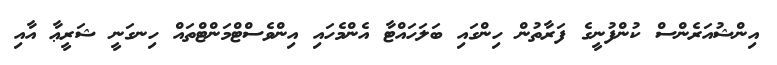
އިންޝުއަރެންސް ކުންފުނީގެ ފަރާތުން ހިންގައި ބަލަހައްޓާ އެންމެހައި އިންވެސްޓްމަންޓްތައް ހިނގަނީ ޝަރީޢާ އާއި